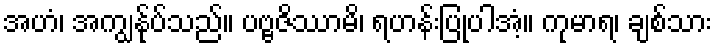
အဟံ၊ အကျွန်ုပ်သည်။ ပဗ္ဗဇိဿာမိ၊ ရဟန်းပြုပါအံ့။ ကုမာရ၊ ချစ်သား